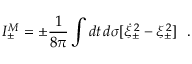
I _ { \pm } ^ { M } = \pm { \frac { 1 } { 8 \pi } } \int d t \, d \sigma [ \dot { \xi } _ { \pm } ^ { \, 2 } - \xi _ { \pm } ^ { \, 2 } ] ~ ~ .